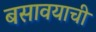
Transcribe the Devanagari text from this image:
बसावयाची